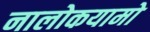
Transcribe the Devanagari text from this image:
नालोकयामो